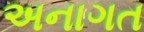
અનાગત